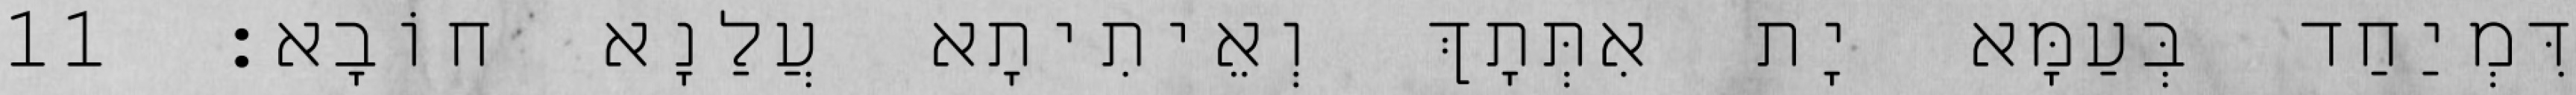
דִּמְיַחַד בְּעַמָּא יָת אִתְּתָךְ וְאֵיתִיתָא עֲלַנָא חוֹבָא׃ 11